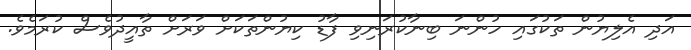
އަދި އެލިޔުން ތަކުގައި ހުންނަ ބިނާކުރަނިވި ފާޑު ކިޔުންތަކަށް ވަރަށް ތާއީދުވެސް ކުރަމެވެ.